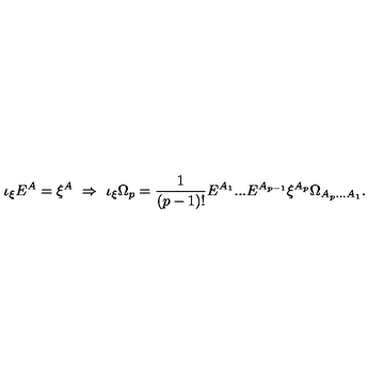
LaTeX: \iota _ { \xi } E ^ { A } = \xi ^ { A } \ \Rightarrow \ \iota _ { \xi } \Omega _ { p } = \frac { 1 } { ( p - 1 ) ! } E ^ { A _ { 1 } } . . . E ^ { A _ { p - 1 } } \xi ^ { A _ { p } } \Omega _ { A _ { p } . . . A _ { 1 } } .